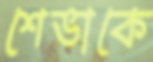
শেভাকে